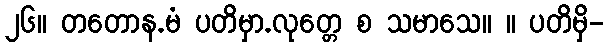
၂၆။ တတောန.မံ ပတိမှာ.လုတ္တေ စ သမာသေ။ ။ ပတိမှိ-